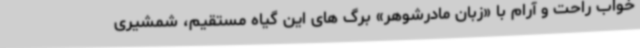
خواب راحت و آرام با «زبان مادرشوهر» برگ های این گیاه مستقیم، شمشیری